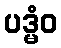
ပဒ္မံဝ